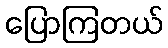
ပြောကြတယ်